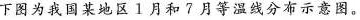
下图为我国某地区1月和7月等温线分布示意图。